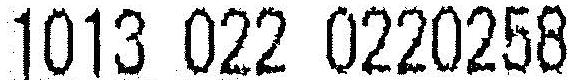
1013 022 0220258